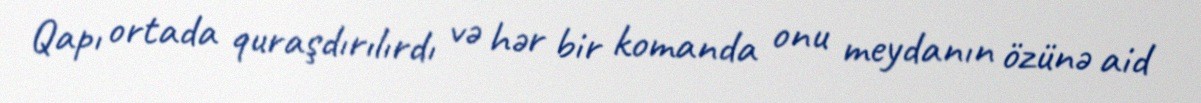
Qapı ortada quraşdırılırdı və hər bir komanda onu meydanın özünə aid